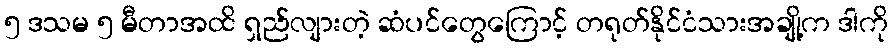
၅ ဒသမ ၅ မီတာအထိ ရှည်လျားတဲ့ ဆံပင်တွေကြောင့် တရုတ်နိုင်ငံသားအချို့က ဒါကို